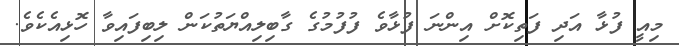
މިއީ ފުޅާ އަދި ފަތިކޮށް އިންނަ ފުޅާވެ ފުފުމުގެ ގާބިލިއްޔަތުކަން ލިބިފައިވާ ހޮޅިއެކެވެ.